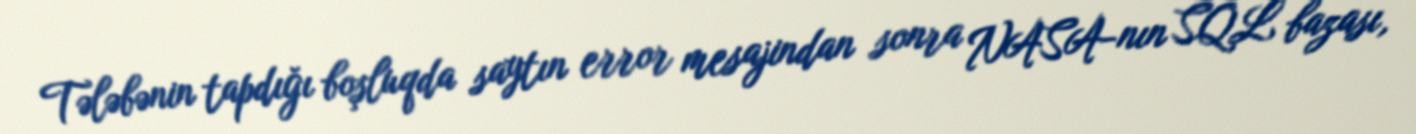
Tələbənin tapdığı boşluqda saytın error mesajindan sonra NASA-nın SQL bazası,